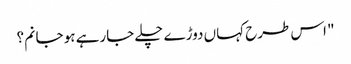
" اس طرح کہاں دوڑے چلے جارہے ہو جانم؟